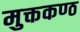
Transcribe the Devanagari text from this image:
मुक्तकण्ठ